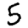
Digit: 5